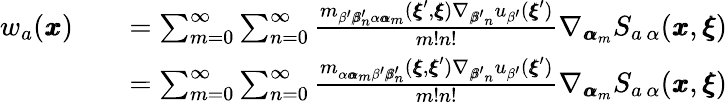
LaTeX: \begin{array}{rlr}{w_{a}({\pmb x})}&{}&{=\sum_{m=0}^{\infty}\sum_{n=0}^{\infty}\frac{m_{\beta^{\prime}{\pmb\beta}_{n}^{\prime}\alpha{\pmb\alpha}_{m}}({\pmb\xi}^{\prime},{\pmb\xi})\nabla_{{\pmb\beta^{\prime}}_{n}}u_{\beta^{\prime}}({\pmb\xi}^{\prime})}{m!n!}\nabla_{{\pmb\alpha}_{m}}S_{a\, \alpha}({\pmb x},{\pmb\xi})}\\ &{}&{=\sum_{m=0}^{\infty}\sum_{n=0}^{\infty}\frac{m_{\alpha{\pmb\alpha}_{m}\beta^{\prime}{\pmb\beta}_{n}^{\prime}}({\pmb\xi},{\pmb\xi}^{\prime})\nabla_{{\pmb\beta^{\prime}}_{n}}u_{\beta^{\prime}}({\pmb\xi}^{\prime})}{m!n!}\nabla_{{\pmb\alpha}_{m}}S_{a\, \alpha}({\pmb x},{\pmb\xi})}\end{array}